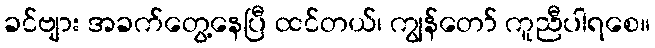
ခင်ဗျား အခက်တွေ့နေပြီ ထင်တယ်၊ ကျွန်တော် ကူညီပါရစေ။